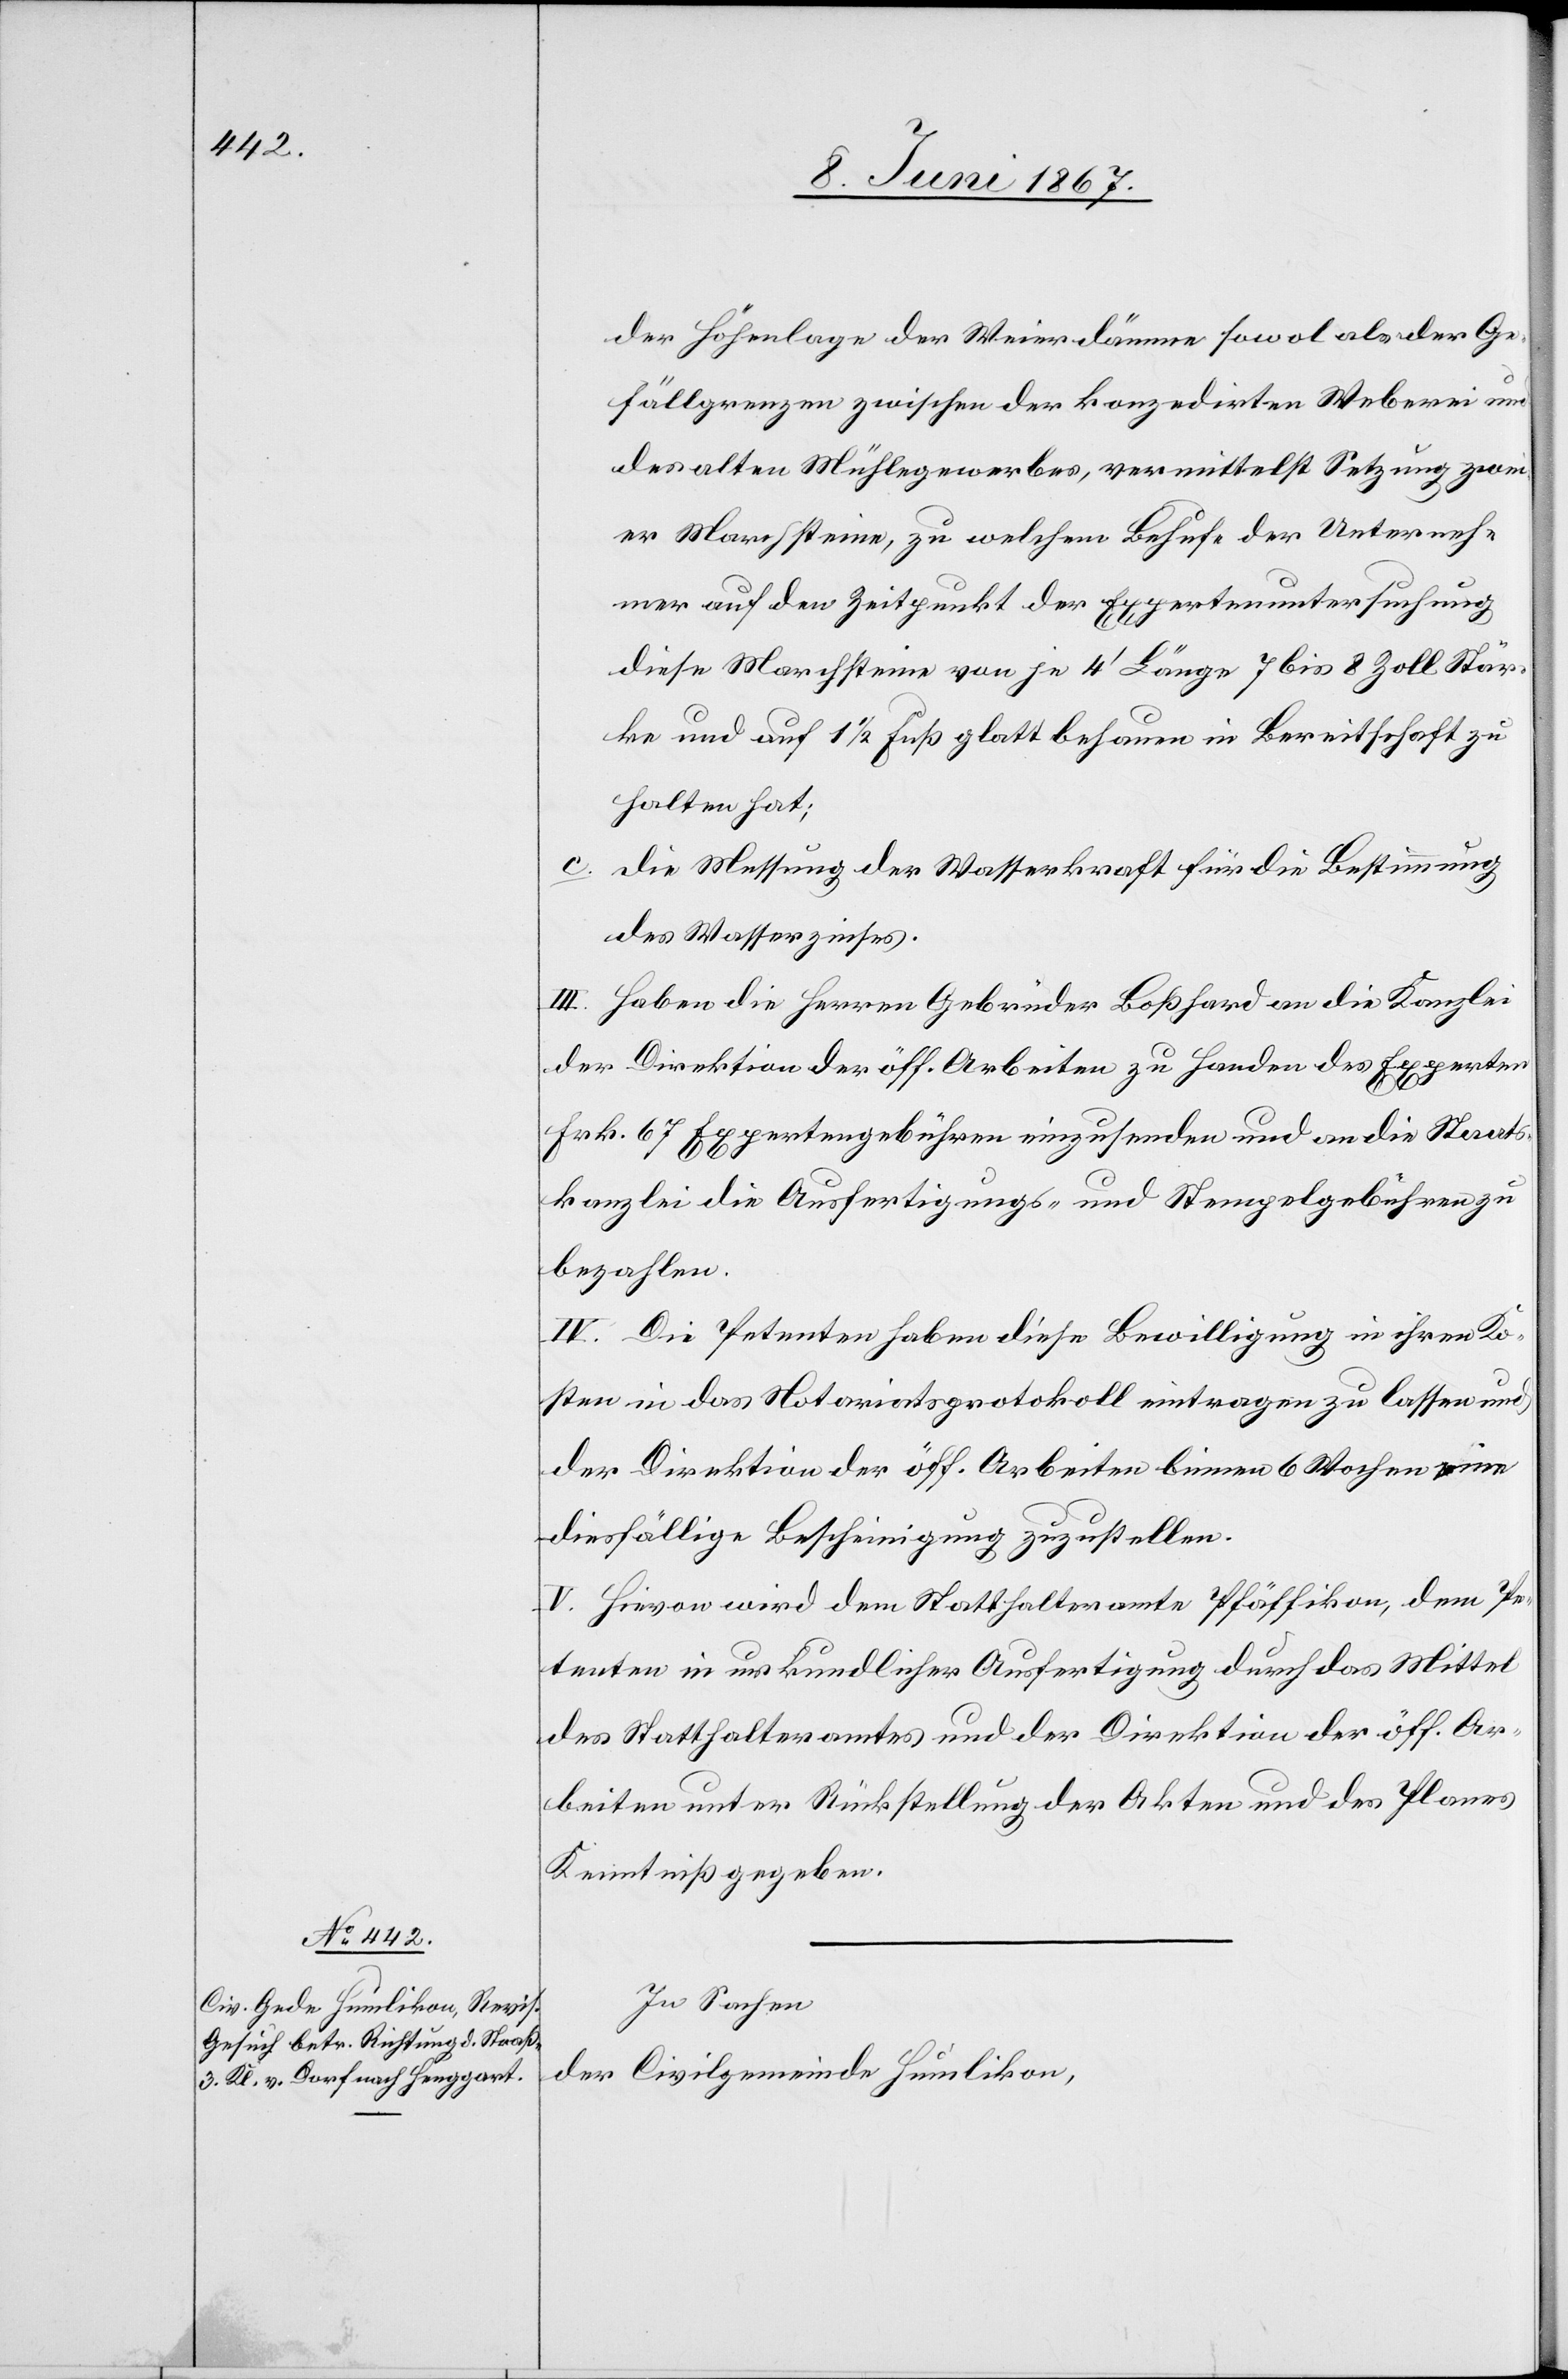
der Höhenlage der Weierdämme sowol als der Ge¬
fällgrenzen zwischen der konzedirten Weberei und
des alten Mühlegewerbes, vermittelst Setzung zwei¬
er Marchsteine, zu welchem Behufe der Unterneh¬
mer auf den Zeitpunkt der Expertenuntersuchung
diese Marchsteine von je 4’ Länge 7 bis 8 Zoll Stär¬
ke und auf 11/2 Fuß glatt behauen in Bereitschaft zu
halten hat:
c.	die Messung der Wasserkraft für die Bestimmung
des Wasserzinses.
III. Haben die Herren Gebrüder Boßhard an die Kanzlei
der Direktion der öff. Arbeiten zu Handen des Experten
Frk. 67 Expertengebühren einzusenden und an die Staats¬
kanzlei die Ausfertigungs- und Stempelgebühren zu
bezahlen.
IV. Die Petenten haben diese Bewilligung in ihren Ko¬
sten in das Notariatsprotokoll eintragen zu lassen und
der Direktion der öff. Arbeiten binnen 6 Wochen eine
diesfällige Bescheinigung zuzustellen.
V. Hievon wird dem Statthalteramte Pfäffikon, dem Pe¬
tenten in urkundlicher Ausfertigung durch das Mittel
des Statthalteramtes und der Direktion der öff. Ar¬
beiten unter Rückstellung der Akten und des Planes
Kenntniß gegeben.
In Sachen
der Civilgemeinde Humlikon,